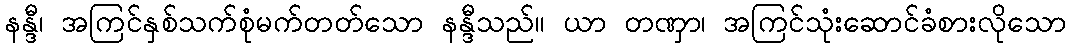
နန္ဒီ၊ အကြင်နှစ်သက်စုံမက်တတ်သော နန္ဒီသည်။ ယာ တဏှာ၊ အကြင်သုံးဆောင်ခံစားလိုသော